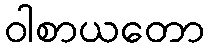
ဝါစာယတော